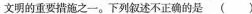
文明的重要措施之-。下列叙述不正确的是 ( )